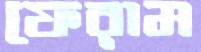
ফেরাম